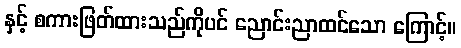
နှင့် စကားဖြတ်ထားသည်ကိုပင် ညောင်းညာထင်သော ကြောင့်။